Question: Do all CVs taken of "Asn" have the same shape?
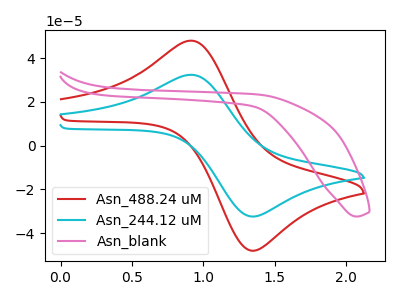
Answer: <think>The red curve "Asn_488.24 uM" has an anodic peak at (0.90V, 47.95uA) and a cathodic peak at (1.35V, -47.85uA). The cyan curve "Asn_244.12 uM" has an anodic peak at (0.90V, 32.35uA) and a cathodic peak at (1.35V, -32.25uA). The pink curve "Asn_blank" has no peaks.
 All the peaks in "Asn_488.24 uM" have a peak in "Asn_244.12 uM" at the same potential. Every peak in "Asn_488.24 uM" is higher than every peak in "Asn_244.12 uM". "Asn_488.24 uM" and "Asn_blank" have a different number of peaks. "Asn_244.12 uM" and "Asn_blank" have a different number of peaks.</think>
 <answer>All the CV's of "Asn" have similar shape.</answer>
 <eval>follow_rule</eval>